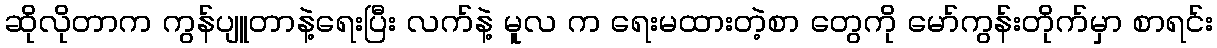
ဆိုလိုတာက ကွန်ပျူတာနဲ့ရေးပြီး လက်နဲ့ မူလ က ရေးမထားတဲ့စာ တွေကို မော်ကွန်းတိုက်မှာ စာရင်း